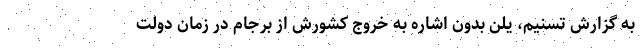
به گزارش تسنیم، یلن بدون اشاره به خروج کشورش از برجام در زمان دولت